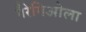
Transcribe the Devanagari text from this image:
गैरेगिओला